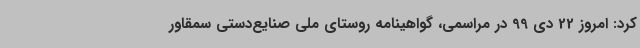
کرد: امروز 22 دی 99 در مراسمی، گواهینامه روستای ملی صنایع‌دستی سمقاور